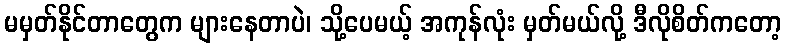
မမှတ်နိုင်တာတွေက များနေတာပဲ၊ သို့ပေမယ့် အကုန်လုံး မှတ်မယ်လို့ ဒီလိုစိတ်ကတော့